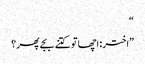
“
”اختر: اچھا تو کتنے بجے پھر؟